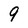
Character: 9